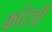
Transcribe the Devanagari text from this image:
कांटची